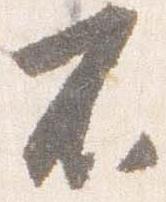
不